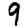
Digit: 9